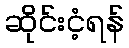
ဆိုင်းငံ့ရန်